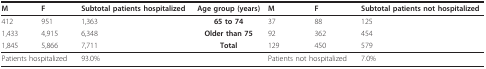
<table><thead><tr><td><b>M</b></td><td><b>F</b></td><td><b>Subtotal patients hospitalized</b></td><td><b>Age group (years)</b></td><td><b>M</b></td><td><b>F</b></td><td><b>Subtotal patients not hospitalized</b></td></tr></thead><tbody><tr><td>412</td><td>951</td><td>1,363</td><td><b>65 to 74</b></td><td>37</td><td>88</td><td>125</td></tr><tr><td>1,433</td><td>4,915</td><td>6,348</td><td><b>Older than 75</b></td><td>92</td><td>362</td><td>454</td></tr><tr><td>1,845</td><td>5,866</td><td>7,711</td><td><b>Total</b></td><td>129</td><td>450</td><td>579</td></tr><tr><td colspan="2">Patients hospitalized</td><td>93.0%</td><td></td><td colspan="2">Patients not hospitalized</td><td>7.0%</td></tr></tbody></table>